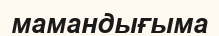
мамандығыма